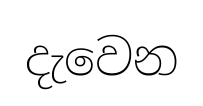
දැවෙන